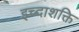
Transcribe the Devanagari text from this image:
इच्दाशक्ति